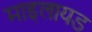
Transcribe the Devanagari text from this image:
माइलायड